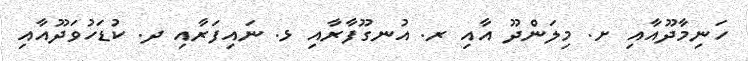
ހަނިމާދޫއާއި ށ. މިލަންދޫ އާއި ރ. އުނގޫފާރާއި ޅ. ނައިފަރާއި ދ. ކުޑަހުވަދޫއާއި